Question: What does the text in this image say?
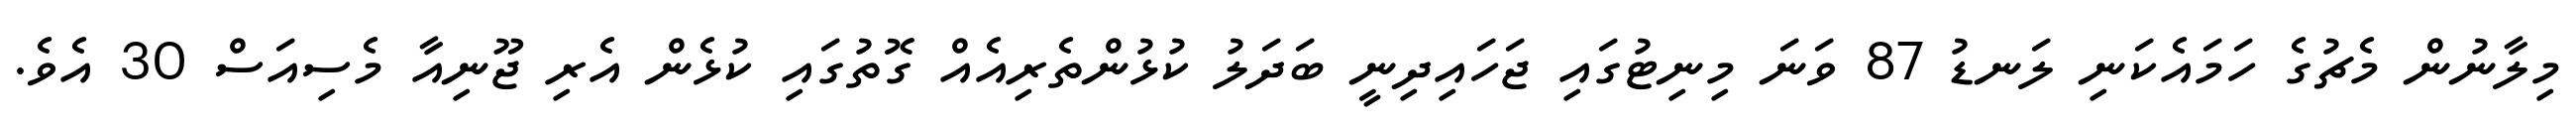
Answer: މިލާނުން މެޗުގެ ހަމައެކަނި ލަނޑު 87 ވަނަ މިނިޓުގައި ޖަހައިދިނީ ބަދަލު ކުޅުންތެރިއެއް ގޮތުގައި ކުޅެން އެރި ޖޫނިއާ މެސިއަސް 30 އެވެ.